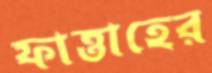
ফাত্তাহের